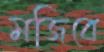
মজিবে